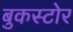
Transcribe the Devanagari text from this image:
बुकस्‍टोर